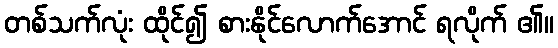
တစ်သက်လုံး ထိုင်၍ စားနိုင်လောက်အောင် ရလိုက် ၏။